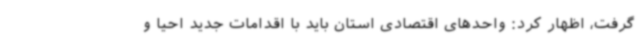
گرفت، اظهار کرد: واحدهای اقتصادی استان باید با اقدامات جدید احیا و